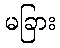
မခြား